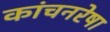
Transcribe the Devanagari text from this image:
कांचनरेषा